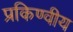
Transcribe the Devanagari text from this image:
प्रकिण्वीय